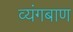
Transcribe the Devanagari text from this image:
व्यंगबाण